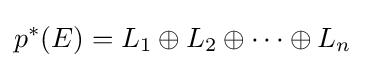
p^{*}(E)=L_{1}\oplus L_{2}\oplus \cdots \oplus L_{n}